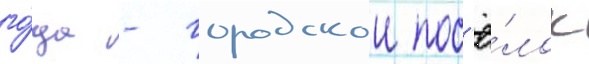
го́да - городскои пос'ё́лок